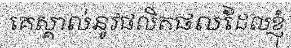
គេស្គាល់នូវផលិតផលដែលខ្ញុំ